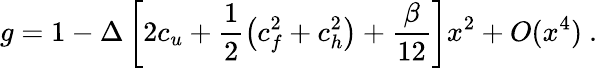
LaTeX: g=1-\Delta\left[2c_{u}+\frac 12\left(c_{f}^{2}+c_{h}^{2}\right)+\frac\beta{12}\right]x^{2}+O(x^{4})\ .